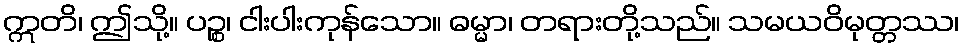
ဣတိ၊ ဤသို့။ ပဉ္စ၊ ငါးပါးကုန်သော။ ဓမ္မာ၊ တရားတို့သည်။ သမယဝိမုတ္တဿ၊